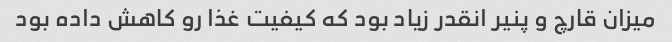
میزان قارچ و پنیر انقدر زیاد بود که کیفیت غذا رو کاهش داده بود